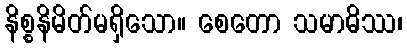
နိစ္စနိမိတ်မရှိသော။ စေတော သမာဓိဿ၊